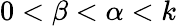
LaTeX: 0<\beta<\alpha<k